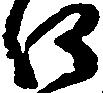
口